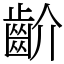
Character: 齘